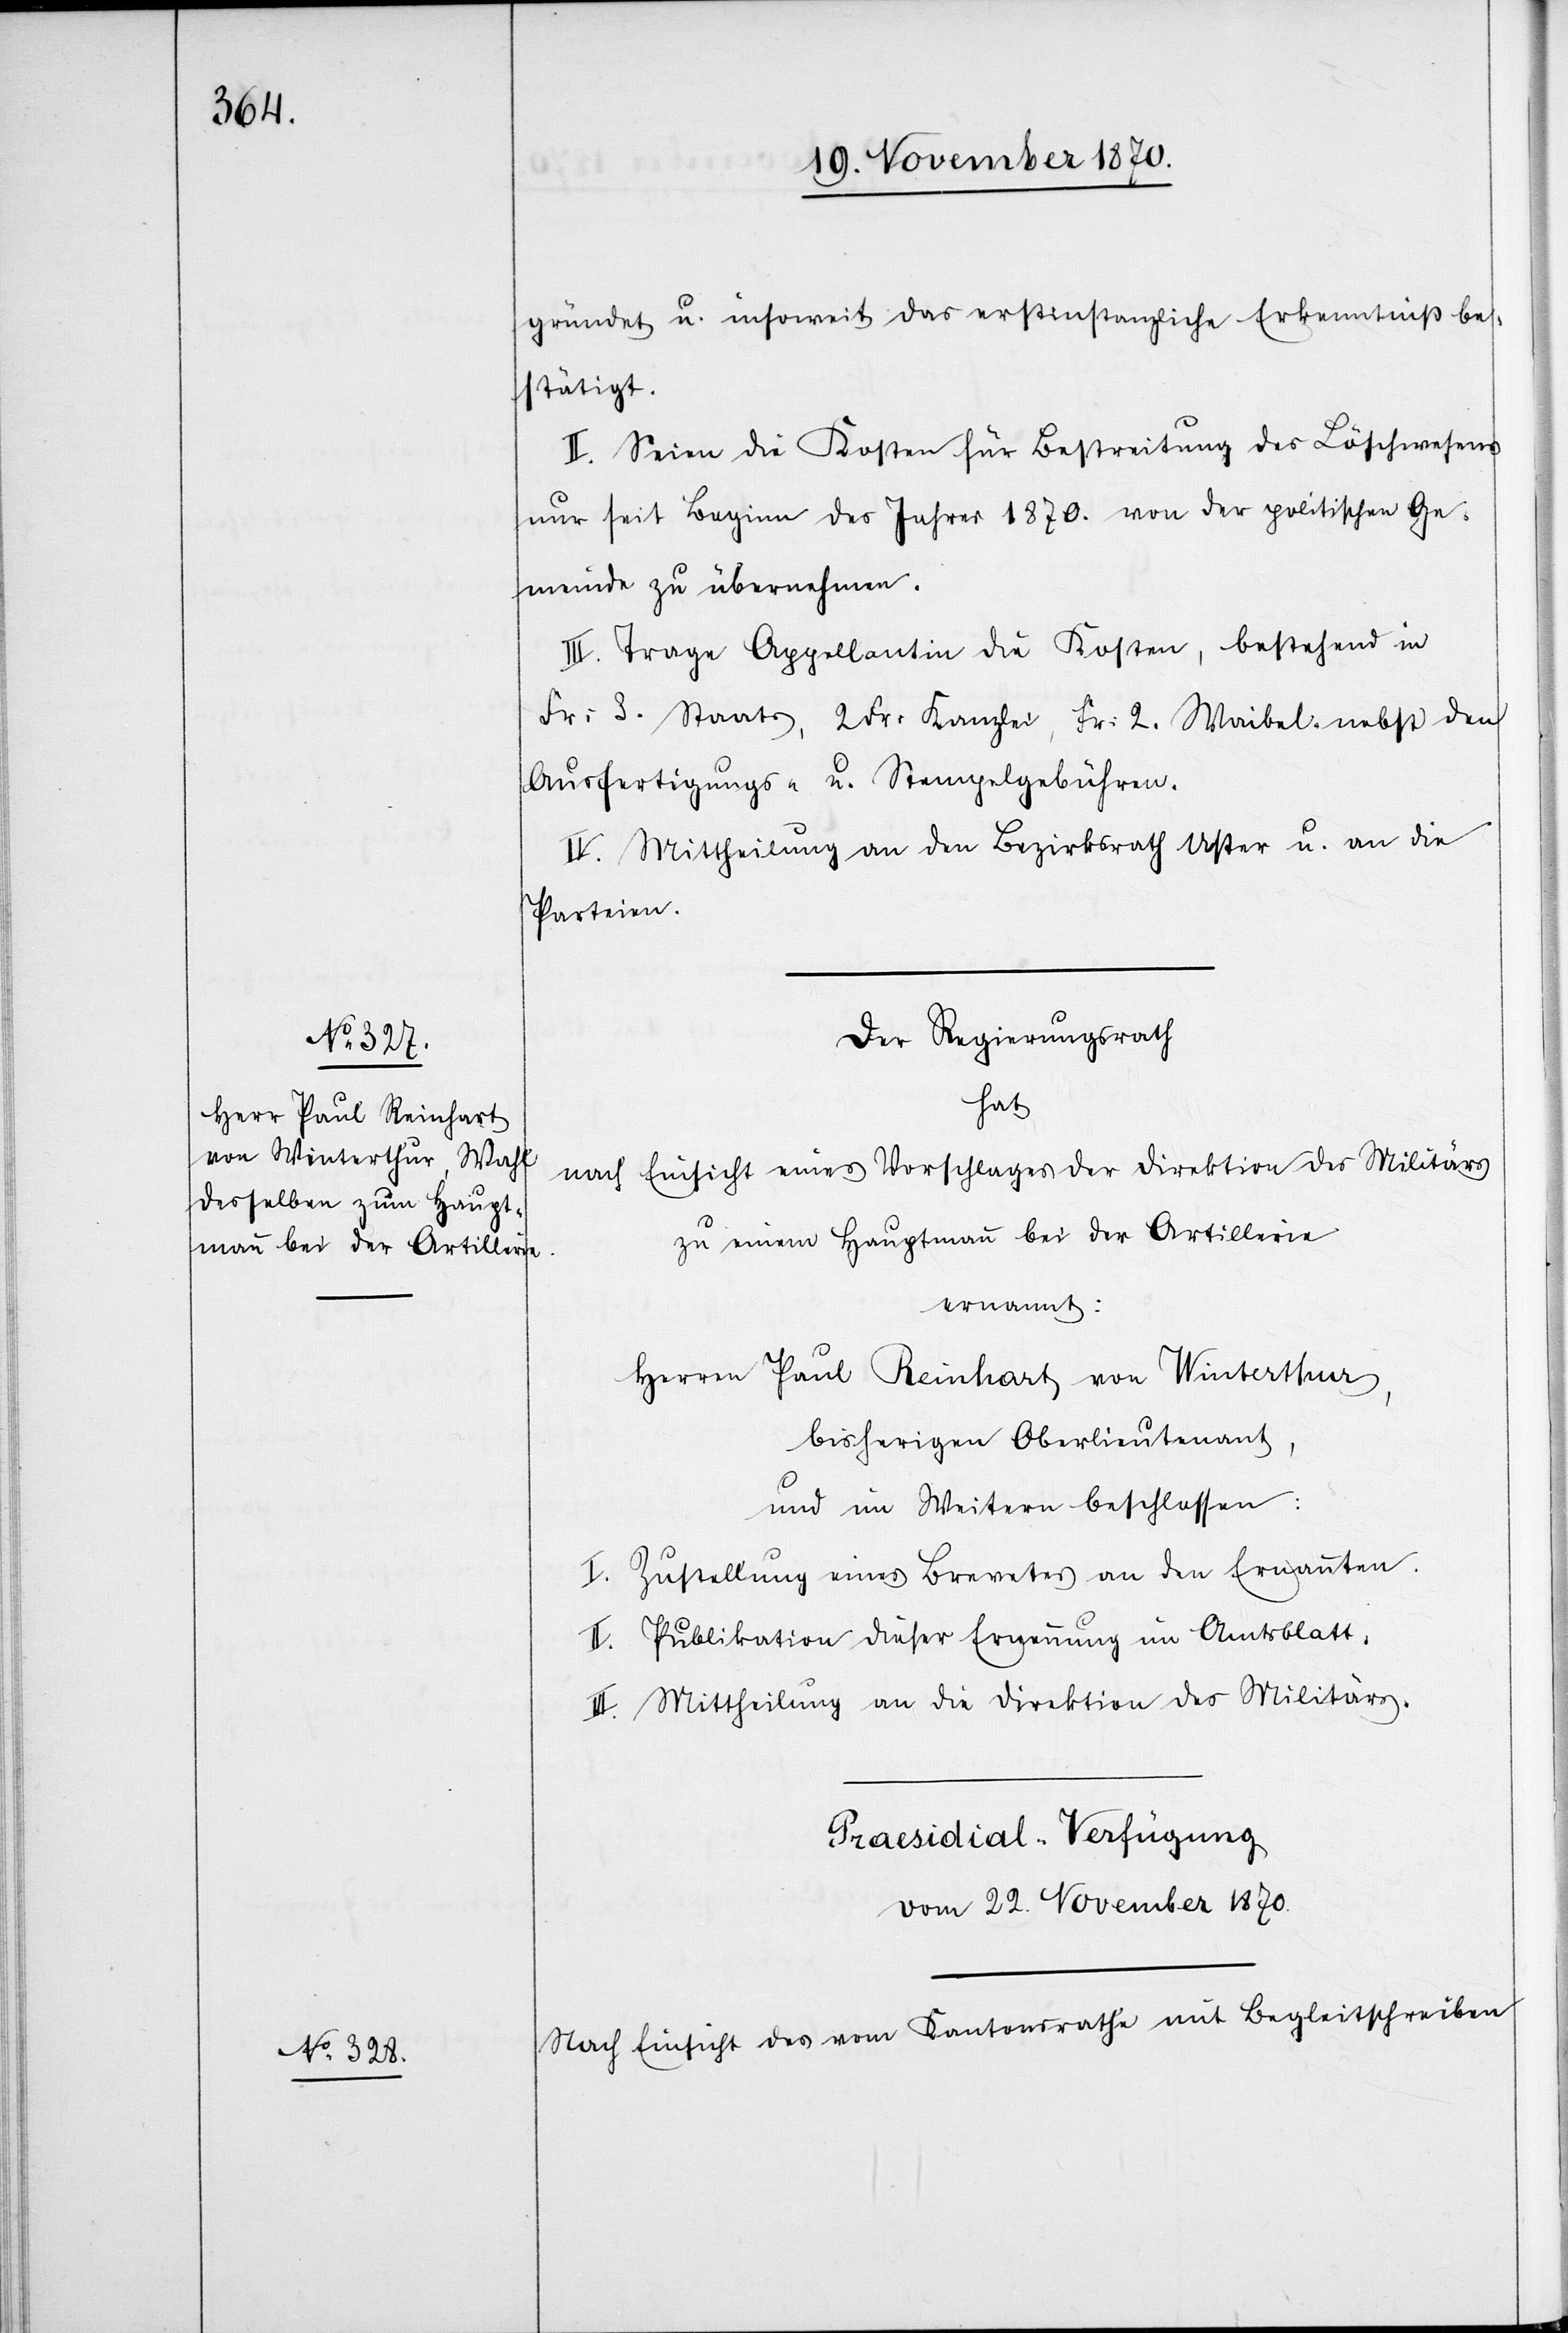
3.

gründet u. insoweit das erstinstanzliche Erkenntniß be¬
stätigt.
II. Seien die Kosten für Bestreitung des Löschwesens
nur seit Beginn des Jahres 1870. von der politischen Ge¬
meinde zu übernehmen.
III. Trage Appellantin die Kosten, bestehend in
Ausfertigungs- u. Stempelgebühren.
IV. Mittheilung an den Bezirksrath Uster u. an die
Parteien.
Der Regierungsrath
hat
nach Einsicht eines Vorschlages der Direktion des Militärs
zu einem Hauptmann bei der Artillerie
ernannt:
Herren Paul Reinhart von Winterthur,
bisherigen Oberlieutenant,
und im Weitern beschlossen:
I. Zustellung eines Brevets an den Ernannten.
II. Publikation dieser Ernennung im Amtsblatt,
III. Mittheilung an die Direktion des Militärs.
Praesidial-Verfügung
vom 22. November 1870.
Nach Einsicht des vom Kantonsrathe mit Begleitschreiben